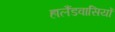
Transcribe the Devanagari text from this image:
हालैंडवासियों